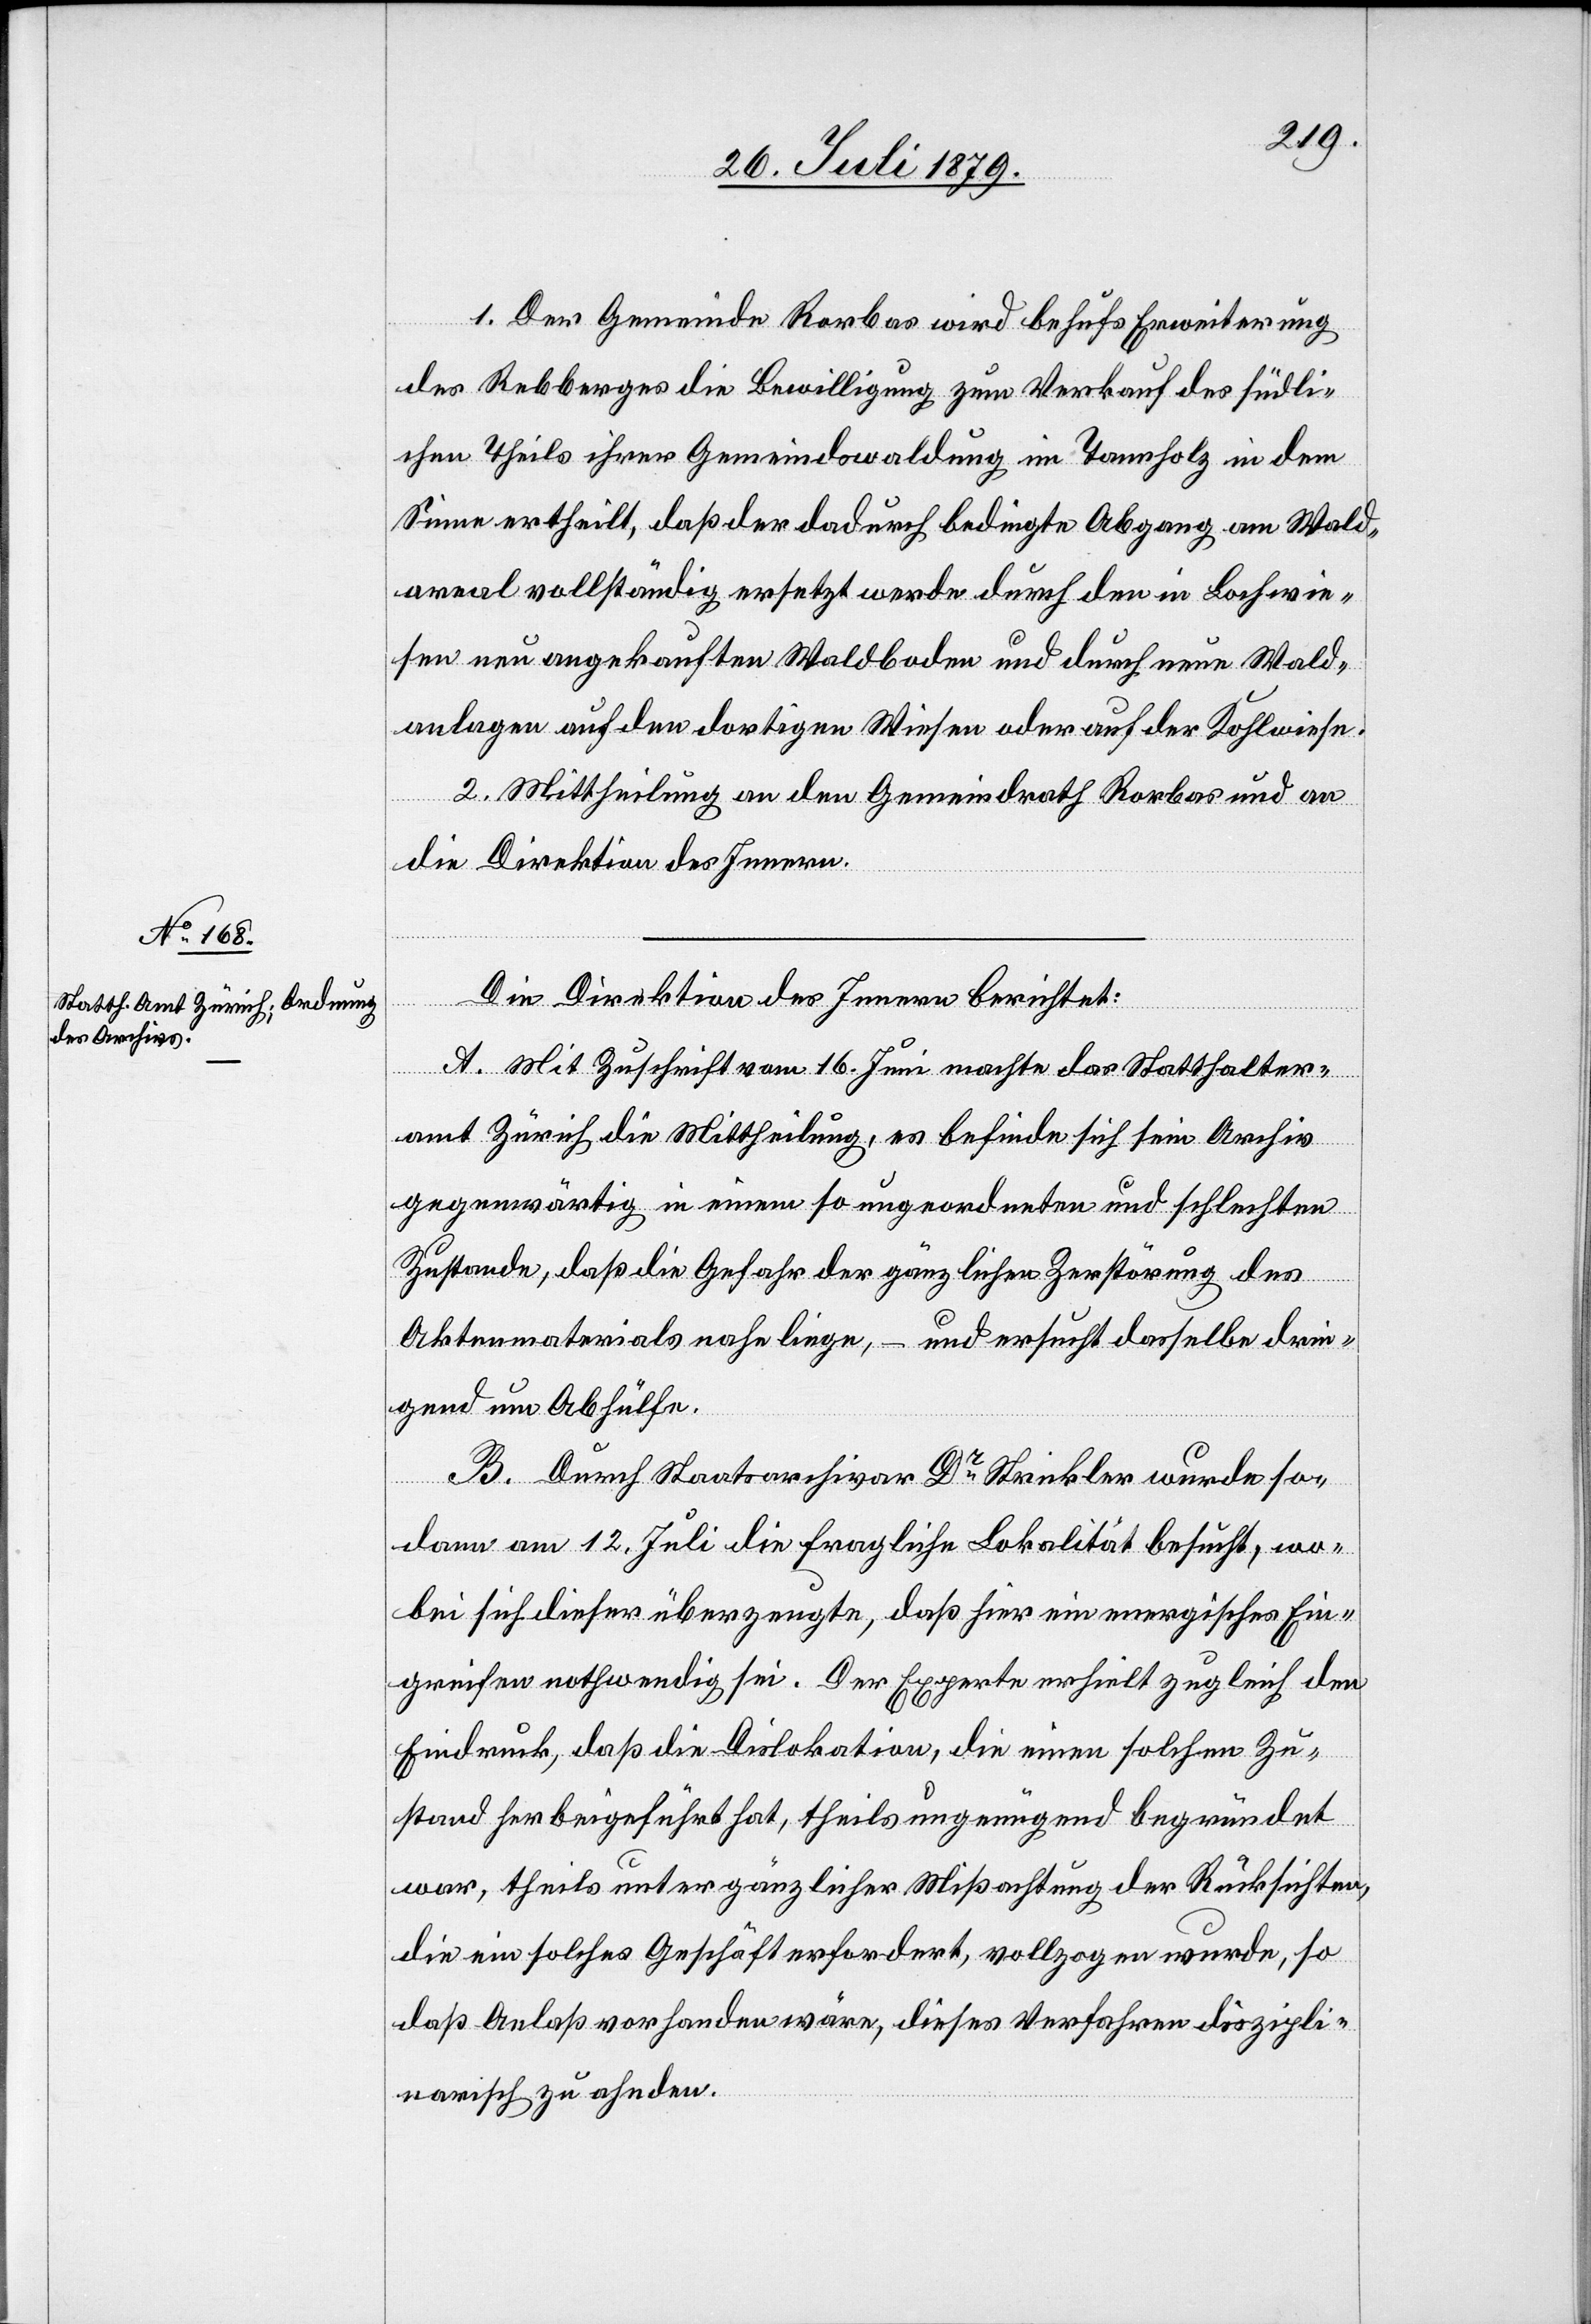
1. Der Gemeinde Rorbas wird behufs Erweiterung
des Rebberges die Bewilligung zum Verkauf des südli¬
chen Theils ihrer Gemeindswaldung im Tannholz in dem
Sinne ertheilt, daß der dadurch bedingte Abgang am Wald¬
areal vollständig ersetzt werde durch den in Locherwie¬
sen neu angekauften Waldboden und durch neue Wald¬
anlagen auf den dortigen Wiesen oder auf der Kohlwiese.
2. Mittheilung an den Gemeindrath Rorbas und an
die Direktion des Innern.
Die Direktion des Innern berichtet:
A. Mit Zuschrift vom 16. Juni machte das Statthalter¬
amt Zürich die Mittheilung, es befinde sich sein Archiv
gegenwärtig in einem so ungeordneten und schlechten
Zustande, daß die Gefahr der gänzlichen Zerstörung des
Aktenmaterials nahe liege, – und ersucht dasselbe drin¬
gend um Abhülfe.
B. Durch Staatsarchivar Dr Strickler wurde so¬
dann am 12. Juli die fragliche Lokalität besucht, wo¬
bei sich dieser überzeugte, daß hier ein energisches Ein¬
greifen nothwendig sei. Der Experte erhielt zugleich den
Eindruck, daß die Dislokation, die einen solchen Zu¬
stand herbeigeführt hat, theils ungenügend begründet
war, theils untergänzlicher Missachtung der Rücksichten,
die ein solches Geschäft erfordert, vollzogen wurde, so
daß Anlaß vorhanden wäre, dieses Verfahren diszipli¬
narisch zu ahnden.